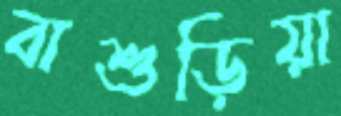
বাশুড়িয়া